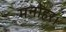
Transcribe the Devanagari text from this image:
मनोहर।